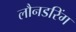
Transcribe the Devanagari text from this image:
लौनडरिंग